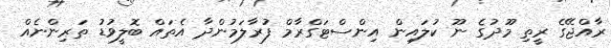
ރާއްޖޭގެ ރީތި މޫދުގެ ނޫ ކުލައިން އިންސްޓަގްރާމް ފުރާލަމުންދާ އެތައް ބޮލީވުޑު ތަރިންނެއް